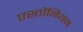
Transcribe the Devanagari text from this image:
एस्तोंनियन